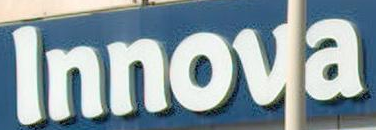
Innova